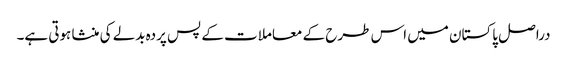
دراصل پاکستان میں اس طرح کے معاملات کے پس پردہ بدلے کی منشا ہوتی ہے۔